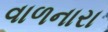
વાળનારા